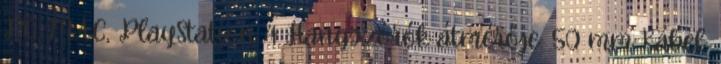
PC, MAC, PlayStation 4 Hangszórók átmérője: 50 mm Kábel: